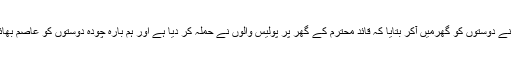
شہادت والے دن اس نے دوستوں کو گھرمیں آکر بتایا کہ قائد محترم کے گھر پر پولیس والوں نے حملہ کر دیا ہے اور ہم بارہ چودہ دوستوں کو عاصم بھائی ساتھ لے کر گئے۔